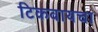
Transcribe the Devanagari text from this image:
टिकवायचा